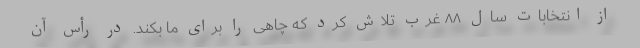
از انتخابات سال ۸۸ غرب تلاش کرد که چاهی را برای ما بکند. در رأس آن